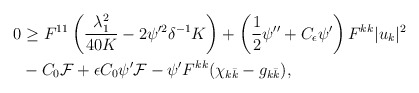
\begin{align*} \begin{aligned} 0 &\geq F^{11}\left(\frac{\lambda_1^2}{40K} - 2\psi'^2\delta^{-1}K\right) +\left(\frac{1}{2}\psi'' + C_\epsilon\psi'\right) F^{kk}|u_k|^2 \\&- C_0 \mathcal{F}+ \epsilon C_0 \psi'\mathcal{F} -\psi' F^{kk}(\chi_{k\bar k} - g_{k\bar k}), \end{aligned} \end{align*}